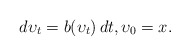
\begin{align*}d\upsilon_t=b(\upsilon_t)\, dt, \upsilon_0=x.\end{align*}